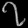
Digit: ၇